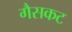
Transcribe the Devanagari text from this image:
गैसकट